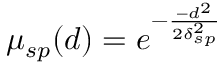
\mu _ { s p } ( d ) = e ^ { - \frac { - d ^ { 2 } } { 2 \delta _ { s p } ^ { 2 } } }